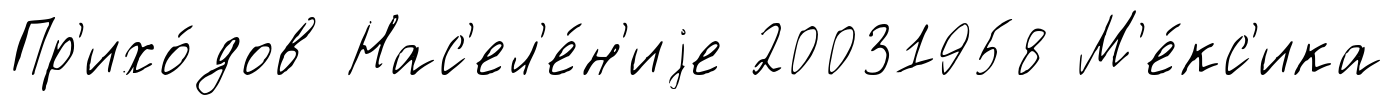
Пр'ихо́дов Нас'ел'е́н'иjе 20031958 М'е́кс'ика